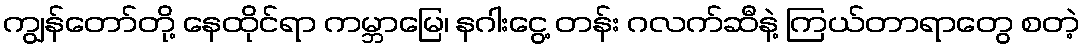
ကျွန်တော်တို့ နေထိုင်ရာ ကမ္ဘာမြေ၊ နဂါးငွေ့ တန်း ဂလက်ဆီနဲ့ ကြယ်တာရာတွေ စတဲ့